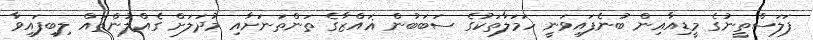
ފަލަސްތީނުގެ މީޑިއާއިން ބުނެފައިވަނީ ހަމަލާތަކުގެ ސަބަބުން ޣައްޒާގެ ތަންތަނަށާއި މުދަލަށް ގެއްލުންތައް ލިބިފައިވާ